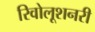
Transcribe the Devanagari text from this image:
रिवोलूशनरी